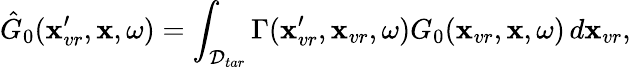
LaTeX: \hat{G}_{0}(\textbf{x}_{vr}^{\prime},\textbf{x},\omega)=\int_{\mathcal{D}_{tar}}\Gamma(\textbf{x}_{vr}^{\prime},\textbf{x}_{vr},\omega)G_{0}(\textbf{x}_{vr},\textbf{x},\omega)\, d\textbf{x}_{vr},